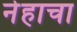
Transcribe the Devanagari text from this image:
नेहाचा